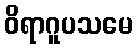
ဝိရာဂူပသမေ